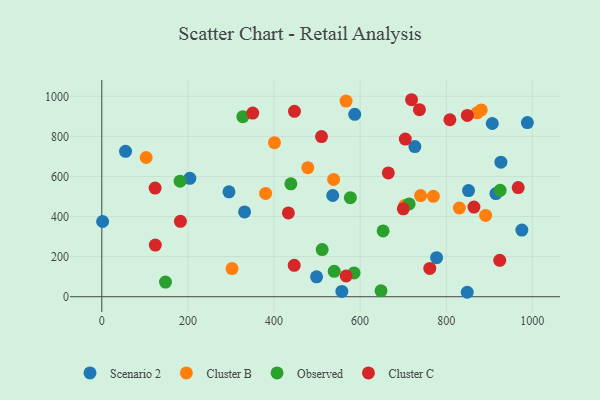
{"axis": {"x": "Speed", "y": "Sales"}, "legend": ["Cluster B", "Cluster C", "Observed", "Scenario 2"], "data": [{"x": "988.5", "y": 868.9, "type": "Scenario 2"}, {"x": "915.4", "y": 514.5, "type": "Scenario 2"}, {"x": "587.5", "y": 910.1, "type": "Scenario 2"}, {"x": "975.7", "y": 332.5, "type": "Scenario 2"}, {"x": "295.4", "y": 523.4, "type": "Scenario 2"}, {"x": "727.2", "y": 749.4, "type": "Scenario 2"}, {"x": "498.8", "y": 99.2, "type": "Scenario 2"}, {"x": "777.6", "y": 194.7, "type": "Scenario 2"}, {"x": "536.4", "y": 505.1, "type": "Scenario 2"}, {"x": "55.1", "y": 725.5, "type": "Scenario 2"}, {"x": "851.8", "y": 529.9, "type": "Scenario 2"}, {"x": "927.0", "y": 671.3, "type": "Scenario 2"}, {"x": "204.5", "y": 591.0, "type": "Scenario 2"}, {"x": "848.8", "y": 22.3, "type": "Scenario 2"}, {"x": "557.6", "y": 26.5, "type": "Scenario 2"}, {"x": "1.9", "y": 375.4, "type": "Scenario 2"}, {"x": "907.0", "y": 864.3, "type": "Scenario 2"}, {"x": "331.6", "y": 423.0, "type": "Scenario 2"}, {"x": "567.4", "y": 976.4, "type": "Cluster B"}, {"x": "478.5", "y": 644.0, "type": "Cluster B"}, {"x": "830.5", "y": 442.8, "type": "Cluster B"}, {"x": "538.5", "y": 585.2, "type": "Cluster B"}, {"x": "103.0", "y": 694.7, "type": "Cluster B"}, {"x": "881.4", "y": 931.9, "type": "Cluster B"}, {"x": "740.5", "y": 504.6, "type": "Cluster B"}, {"x": "871.8", "y": 917.6, "type": "Cluster B"}, {"x": "401.0", "y": 768.7, "type": "Cluster B"}, {"x": "891.5", "y": 405.9, "type": "Cluster B"}, {"x": "302.5", "y": 140.7, "type": "Cluster B"}, {"x": "770.1", "y": 501.0, "type": "Cluster B"}, {"x": "380.5", "y": 515.3, "type": "Cluster B"}, {"x": "703.4", "y": 455.0, "type": "Cluster B"}, {"x": "713.8", "y": 463.1, "type": "Observed"}, {"x": "925.3", "y": 530.7, "type": "Observed"}, {"x": "577.3", "y": 494.4, "type": "Observed"}, {"x": "648.5", "y": 29.6, "type": "Observed"}, {"x": "511.8", "y": 235.5, "type": "Observed"}, {"x": "147.9", "y": 73.2, "type": "Observed"}, {"x": "653.4", "y": 328.5, "type": "Observed"}, {"x": "439.2", "y": 563.1, "type": "Observed"}, {"x": "539.8", "y": 126.8, "type": "Observed"}, {"x": "327.6", "y": 898.5, "type": "Observed"}, {"x": "586.0", "y": 118.9, "type": "Observed"}, {"x": "181.8", "y": 576.7, "type": "Observed"}, {"x": "849.0", "y": 904.5, "type": "Cluster C"}, {"x": "737.8", "y": 933.4, "type": "Cluster C"}, {"x": "665.5", "y": 617.9, "type": "Cluster C"}, {"x": "808.5", "y": 883.1, "type": "Cluster C"}, {"x": "433.4", "y": 418.2, "type": "Cluster C"}, {"x": "350.6", "y": 916.3, "type": "Cluster C"}, {"x": "123.8", "y": 542.3, "type": "Cluster C"}, {"x": "700.3", "y": 438.7, "type": "Cluster C"}, {"x": "967.2", "y": 544.5, "type": "Cluster C"}, {"x": "182.6", "y": 376.2, "type": "Cluster C"}, {"x": "924.3", "y": 181.7, "type": "Cluster C"}, {"x": "704.9", "y": 786.4, "type": "Cluster C"}, {"x": "864.4", "y": 447.2, "type": "Cluster C"}, {"x": "447.5", "y": 925.0, "type": "Cluster C"}, {"x": "446.9", "y": 156.5, "type": "Cluster C"}, {"x": "761.8", "y": 141.1, "type": "Cluster C"}, {"x": "510.3", "y": 799.0, "type": "Cluster C"}, {"x": "719.5", "y": 982.9, "type": "Cluster C"}, {"x": "124.3", "y": 257.9, "type": "Cluster C"}, {"x": "567.6", "y": 103.7, "type": "Cluster C"}]}